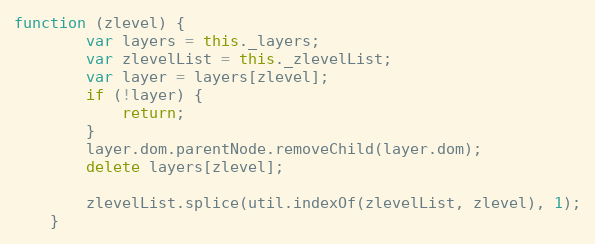
Language: JavaScript
function (zlevel) {
        var layers = this._layers;
        var zlevelList = this._zlevelList;
        var layer = layers[zlevel];
        if (!layer) {
            return;
        }
        layer.dom.parentNode.removeChild(layer.dom);
        delete layers[zlevel];

        zlevelList.splice(util.indexOf(zlevelList, zlevel), 1);
    }